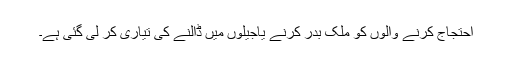
احتجاج کرنے والوں کو ملک بدر کرنے یاجیلوں میں ڈالنے کی تیاری کر لی گئی ہے۔